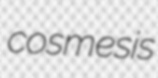
cosmesis